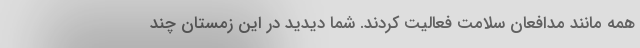
همه مانند مدافعان سلامت فعالیت کردند. شما دیدید در این زمستان چند